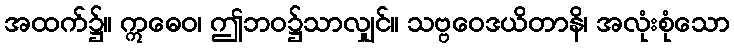
အထက်၌။ ဣဓေဝ၊ ဤဘဝ၌သာလျှင်။ သဗ္ဗဝေဒယိတာနိ၊ အလုံးစုံသော